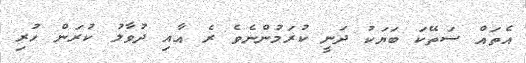
އެތައް ސަތޭކަ ބަޔަކު ދަނީ ކުރަމުންނެވެ ރެ އާއި ދުވާލު ކުރަން ހުރި